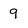
Character: 9